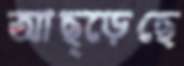
আছ্‌ড়েছে